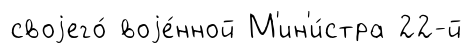
своjего́ воjе́нной М'ин'и́стра 22-й